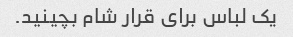
یک لباس برای قرار شام بچینید.